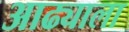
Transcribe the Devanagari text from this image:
आढ्याला